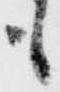
も